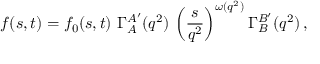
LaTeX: f ( s , t ) = f _ { 0 } ( s , t ) \, \, \Gamma _ { A } ^ { A ^ { \prime } } ( q ^ { 2 } ) \, \left( \frac { s } { q ^ { 2 } } \right) ^ { \omega ( q ^ { 2 } ) } \Gamma _ { B } ^ { B ^ { \prime } } ( q ^ { 2 } ) \, ,